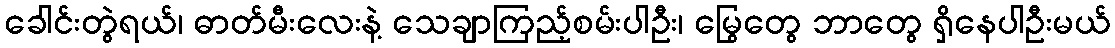
ခေါင်းတွဲရယ်၊ ဓာတ်မီးလေးနဲ့ သေချာကြည့်စမ်းပါဦး၊ မြွေတွေ ဘာတွေ ရှိနေပါဦးမယ်